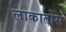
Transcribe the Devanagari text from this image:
लाकातोस